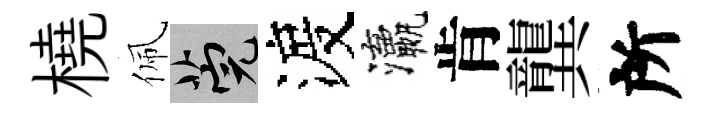
橈佩筦渡瀛肯龔所